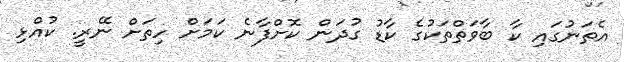
އެތަނުގައި ކާ ބާވަތްތަކުގެ ކާޑު ގުދަން ކޮށްފާނެ ކަމަށް ހިތަށް ނޭރީ. ކުއްޅި